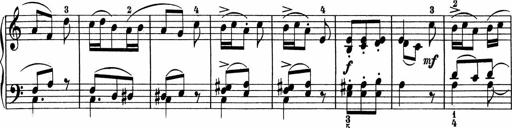
Title: 5 Sonatinen fÃ¼r die Jugend
Composer: Carl Reinecke